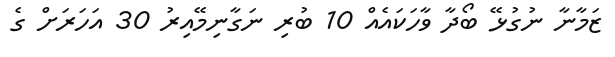
ޒަމާނާ ނުގުޅޭ ބޯދާ ވާހަކައެއް 10 ބުރި ނަގާނިމޭއިރު 30 އަހަރަށް ގެ